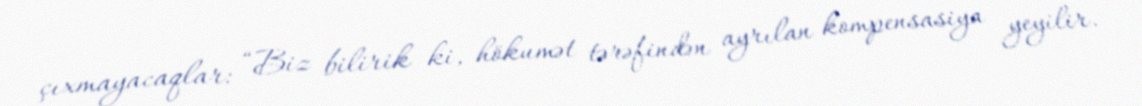
çıxmayacaqlar: “Biz bilirik ki, hökumət tərəfindən ayrılan kompensasiya yeyilir.